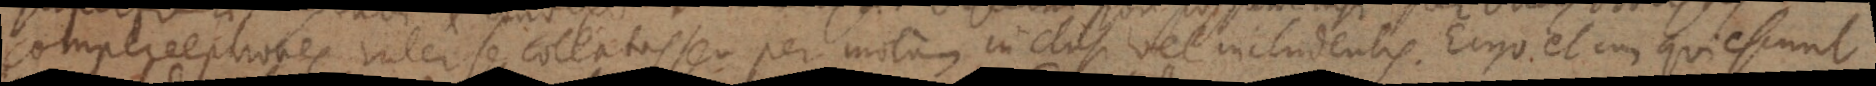
comperceptiones inter se collatas seu per motum inclusi vel includentis. Ergo et cum quiescunt